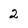
Character: 2